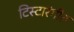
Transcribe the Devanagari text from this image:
टिस्टारंगीत